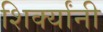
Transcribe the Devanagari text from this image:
शिर्क्यांनी